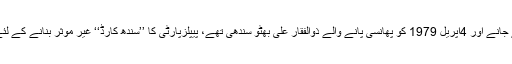
5جولائی 1977 کو پرائم منسٹر ہاؤس سے بے دخل کئے جانے اور 4اپریل 1979 کو پھانسی پانے والے ذوالفقار علی بھٹو سندھی تھے، پیپلزپارٹی کا ’’سندھ کارڈ‘‘ غیر مؤثر بنانے کے لئے ضروری تھا کہ متبادل قیادت سندھ ہی سے لائی جائے۔